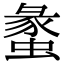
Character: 䗍